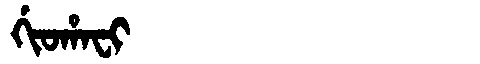
Manchu: ᡤᡳᠣᡥᠠᠸᡳ
Romanization: GIOHAFI